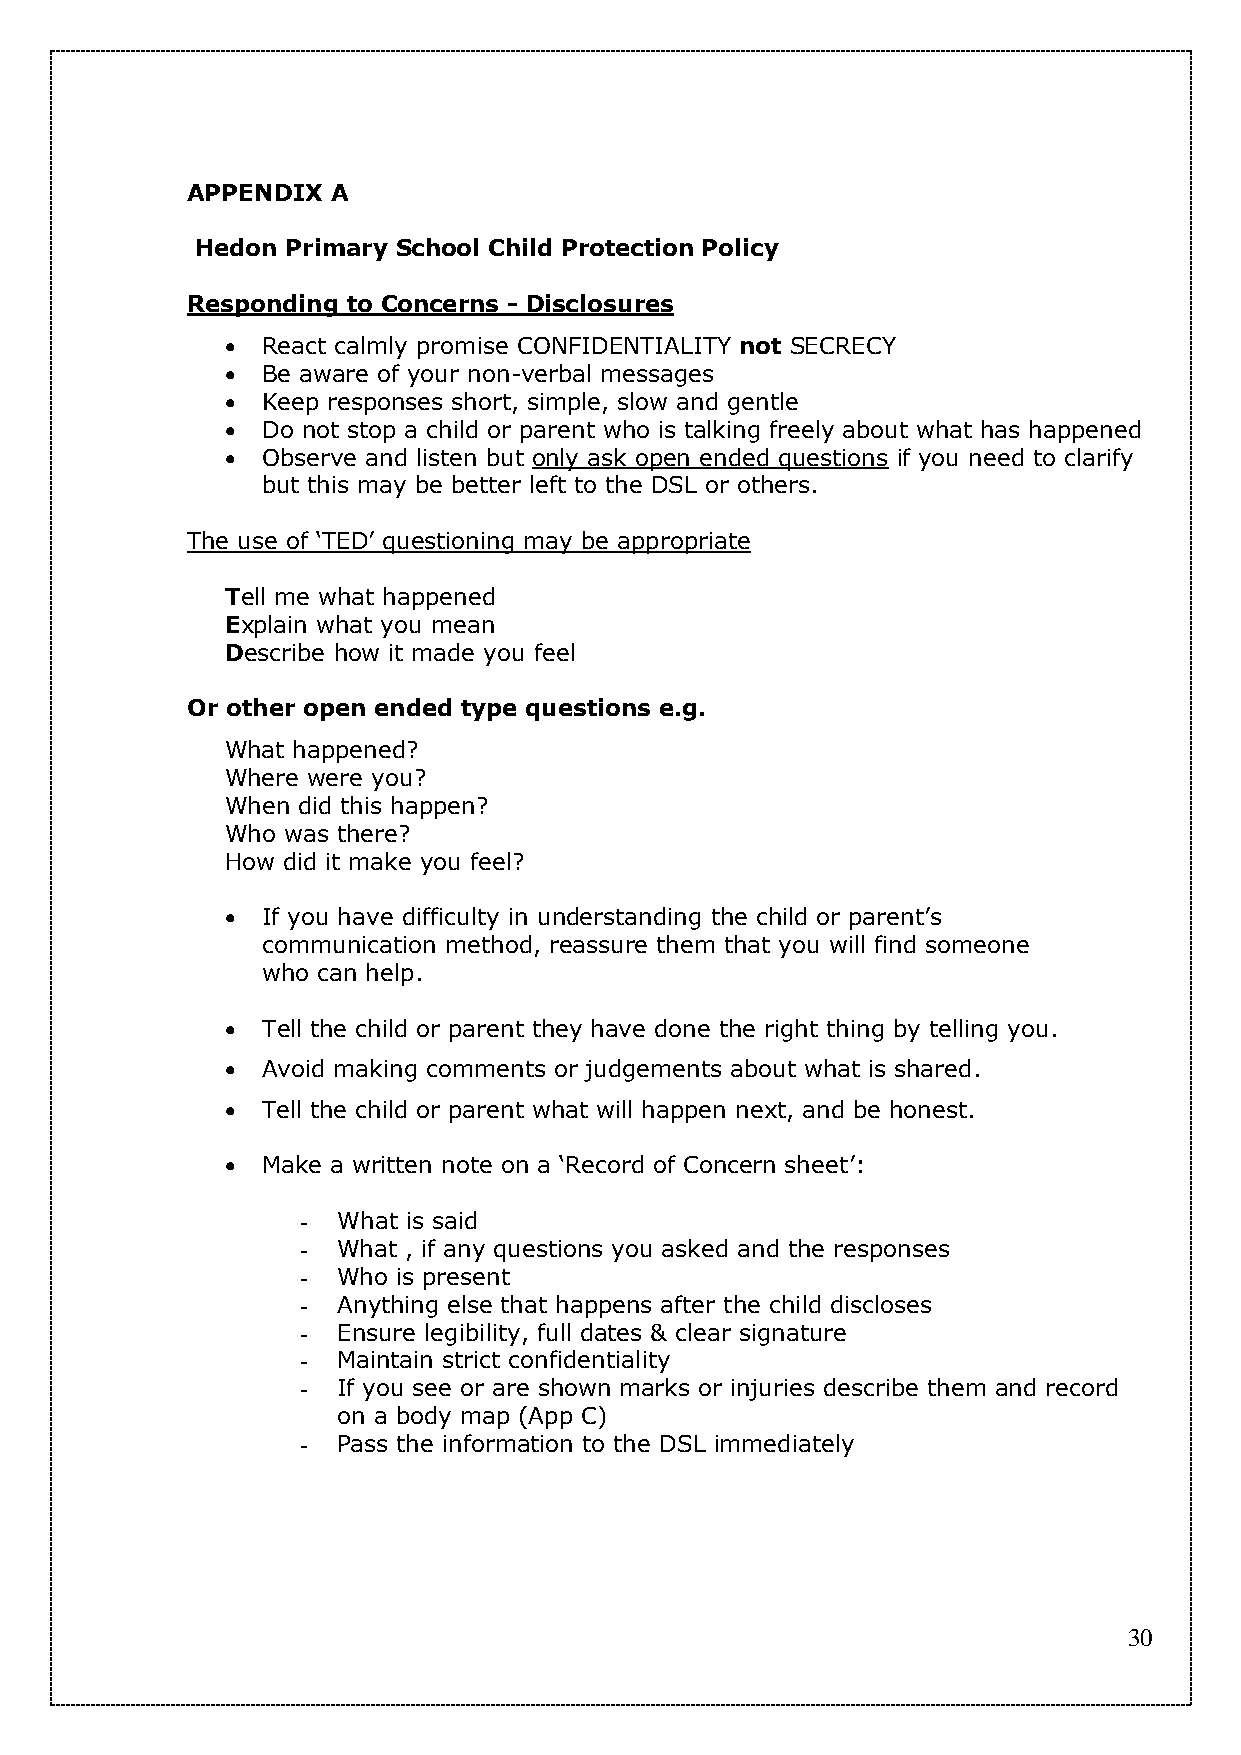
APPENDIX  A
 Hedon Primary School Child Protection Policy
 Responding to Concerns - Disclosures
  React calmly promise CONFIDENTIALITY not SECRECY
  Be aware of your non-verbal messages
  Keep responses short, simple, slow and gentle
  Do not stop a child or parent who is talking freely about what has happened
  Observe and listen but only ask open ended questions if you need to clarify
 but this may be better left to the DSL or others.
 The use of ‘TED’ questioning may be appropriate
 Tell me what happened
 Explain what you mean
 Describe how it made you feel
 Or other open ended type questions e.g.
 What happened?
 Where were you?
 When did this happen?
 Who was there?
 How did it make you feel?
  If you have difficulty in understanding the child or parent’s
 communication method, reassure them that you will find someone
 who can help.
  Tell the child or parent they have done the right thing by telling you.
  Avoid making comments or judgements about what is shared.
  Tell the child or parent what will happen next, and be honest.
  Make a written note on a ‘Record of Concern sheet’:
 - What is said
 - What , if any questions you asked and the responses
 - Who is present
 - Anything else that happens after the child discloses
 - Ensure legibility, full dates & clear signature
 - Maintain strict confidentiality
 - If you see or are shown marks or injuries describe them and record
 on a body map (App C)
 - Pass the information to the DSL immediately
 30